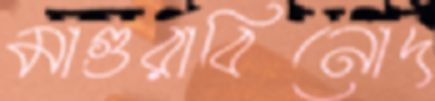
মাগুরাবিনোদ